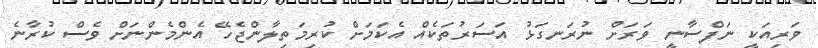
ވަރިއަކީ ނަފްސާނީ ވަރަށް ނުރަނގަޅު އަސަރުތަކެއް އެކަމަށް ކުރިމަތިލާންޖެހޭ އެންމެންނަށް ވެސް ކުރާނެ